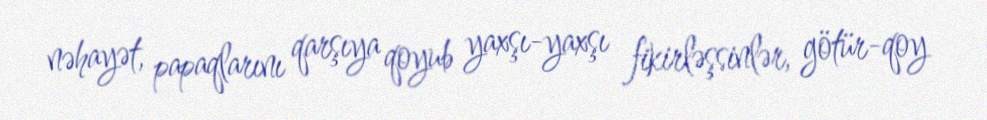
nəhayət, papaqlarını qarşıya qoyub yaxşı-yaxşı fikirləşsinlər, götür-qoy